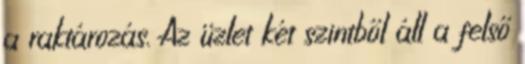
a raktározás. Az üzlet két szintből áll a felső